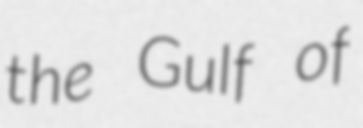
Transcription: the Gulf of